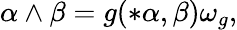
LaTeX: \alpha\wedge\beta=g(*\alpha,\beta)\omega_{g},